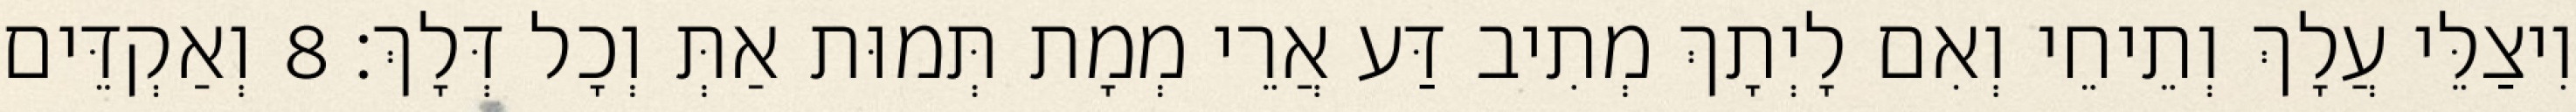
וִיצַלֵּי עֲלָךְ וְתֵיחֵי וְאִם לָיְתָךְ מְתִיב דַּע אֲרֵי מְמָת תְּמוּת אַתְּ וְכָל דְּלָךְ׃ 8 וְאַקְדֵּים